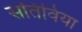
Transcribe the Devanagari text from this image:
सतिविया